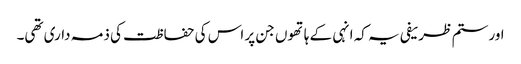
اور ستم ظریفی یہ کہ انہی کے ہاتھوں جن پر اس کی حفاظت کی ذمہ داری تھی۔